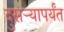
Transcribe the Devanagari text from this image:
दुसऱ्यापर्यंत